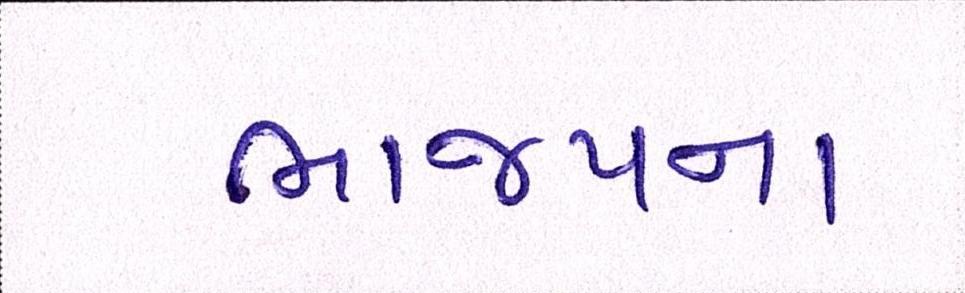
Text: ભાજપના